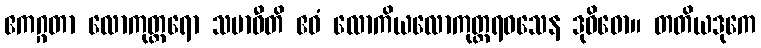
ဧကဂ္ဂတာ လောကုတ္တရော သမာဓီတိ ဧဝံ လောကိယလောကုတ္တရဝသေန ဒုဝိဓော။ တတိယဒုကေ